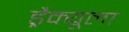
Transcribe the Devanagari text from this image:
ड्रैक्यूला